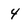
Character: 4